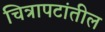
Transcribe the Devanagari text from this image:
चित्रापटांतील